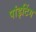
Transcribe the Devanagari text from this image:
पांइटिंग